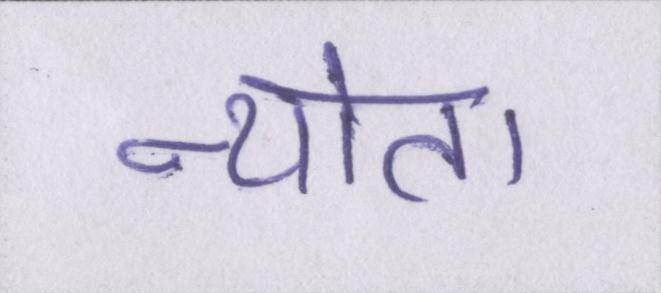
न्योता